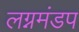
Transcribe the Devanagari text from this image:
लग्नमंडप